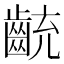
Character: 𪗯